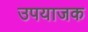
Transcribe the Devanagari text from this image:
उपयाजक